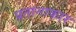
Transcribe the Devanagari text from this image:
प्रतानाकार